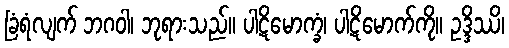
ခြံရံလျက် ဘဂဝါ၊ ဘုရားသည်။ ပါဋိမောက္ခံ၊ ပါဋိမောက်ကို။ ဥဒ္ဒိဿိ၊